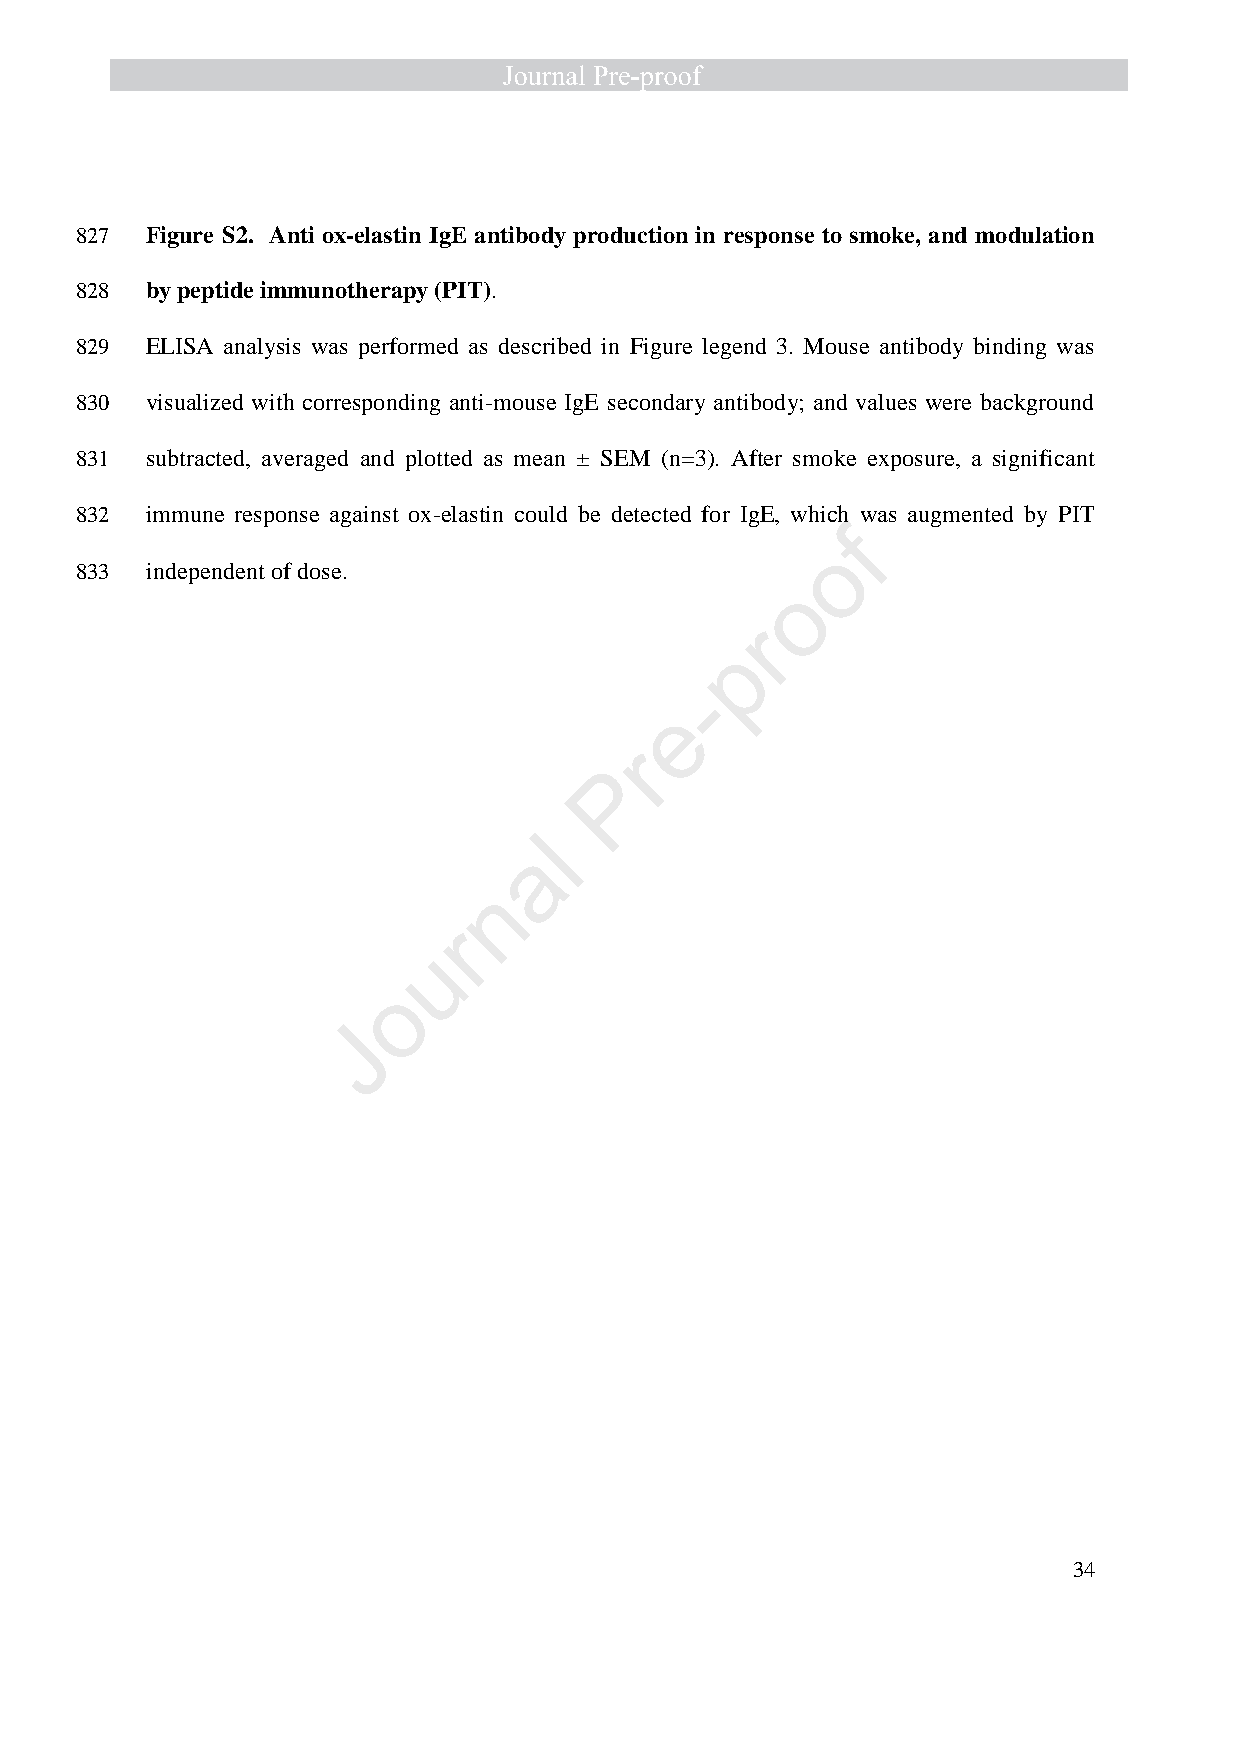
827  Figure S2. Anti ox-elastin IgE antibody production in response to smoke, and modulation
 828  by peptide immunotherapy (PIT).
 829  ELISA analysis was performed as described in Figure legend 3. Mouse antibody binding was
 830  visualized with corresponding anti-mouse IgE secondary antibody; and values were background
 831  subtracted, averaged and plotted as mean ± SEM (n=3). After smoke exposure, a significant
 832  immune response against ox-elastin could be detected for IgE, which was augmented by PIT
 f
 o
 833  independent of dose.
 o
 r
 p
 -
 e
 r
 P
 l
 a
 n
 r
 u
 o
 J
 34